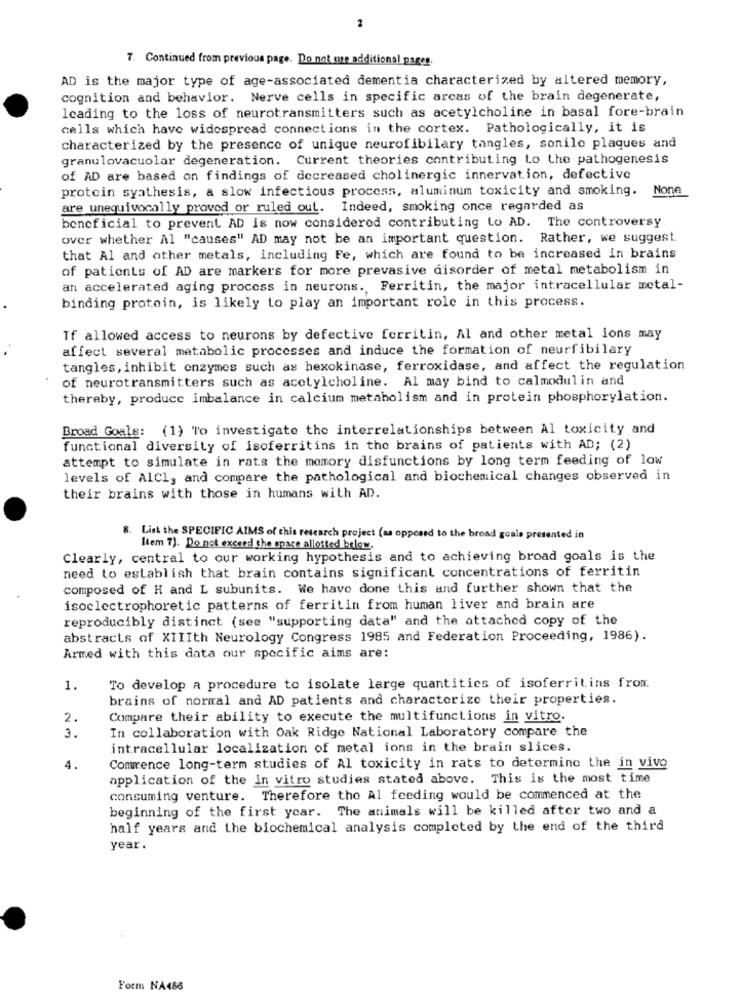
2
7. Continued from previous page. Do not me additional pages
AD is the major type of age-associated dementia characterized by altered memory,
cognition and behavior. Nerve cells in specific arcas of the brain degenerate,
leading to the loss of neurotransmitters such as acetylcholine in basal fore-brain
cells which have widespread connections in the cortex. Pathologically, it is
characterized by the presence of unique neurofibilary tangles, sonile plaques and
granulovacuolar degeneration. Current theories contributing to the pathogenesis
of AD are based on findings of decreased cholinergic innervation, defective
protein synthesis, a slow infectious process, aluminum toxicity and smoking.
are unequivocally proved or ruled out. Indeed, smoking once regarded as
beneficial to prevent AD is now considered contributing Lo AD. The controversy
over whether Al "causes" AD may not be an important question. Rather, we suggest.
that Al and other metals, including Fe, which are found to be increased in brains
of patients of AD are markers for more prevasive disorder of metal metabolism in
an accelerated aging process in neurons ., Ferritin, the major intracellular metal-
binding protein, is likely to play an important role in this process.
If allowed access to neurons by defective ferritin, Al and other metal ions may
affect several metabolic processes and induce the formation of neurfibilary
tangles, inhibit enzymes such as hexokinase, ferroxidase, and affect the regulation
of neurotransmitters such as acetylcholine. Al may bind to calmodulin and
thereby, produce imbalance in calcium metabolism and in protein phosphorylation.
Broad Goals: (1) To investigate the interrelationships between Al toxicity and
functional diversity of isoferritins in the brains of patients with AD; (2)
attempt to simulate in rats the memory disfunctions by long term feeding of low
levels of AlCl, and compare the pathological and biochemical changes observed in
their brains with those in humans with AD.
8. List the SPECIFIC AIMS of this research project (as opposed to the broad goals presented in
[tem 7). Do not exceed the space allotted below.
Clearly, central to our working hypothesis and to achieving broad goals is the
need to establish that brain contains significant concentrations of ferritin
composed of H and L subunits. We have done this and further shown that the
isoelectrophoretic patterns of ferritin from human liver and brain are
reproducibly distinct (see "supporting data" and the attached copy of the
abstracts of XIIIth Neurology Congress 1985 and Federation Proceeding, 1986).
Armed with this data our specific aims are:
1.
To develop a procedure to isolate large quantities of isoferritins from.
brains of normal and AD patients and characterize their properties.
2.
Compare their ability to execute the multifunctions in vitro.
3.
In collaboration with Oak Ridge National Laboratory compare the
intracellular localization of metal ions in the brain slices.
4.
Comurence long-term studies of Al toxicity in rats to determine the in vivo
application of the in vitro studies stated above. This is the most time
consuming venture. Therefore the Al feeding would be commenced at the
beginning of the first year. The animals will be killed after two and a
half years and the biochemical analysis completed by the end of the third
year.
Form NA486